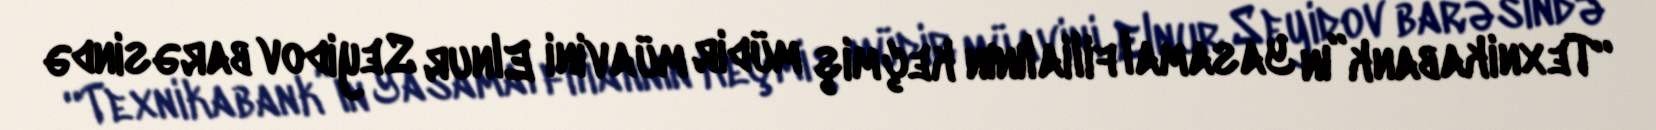
“Texnikabank”ın Yasamal filialının keçmiş müdir müavini Elnur Seyidov barəsində